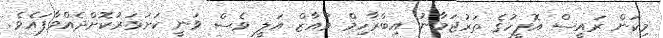
މިކަން ރައީސް އޮފީހުގެ ތަރުޖަމާނު އިބްރާހިމް މުއާޒް އަލީ ވެސް ވަނީ ކަށަވަރުކޮށްދެއްވާފައެވެ.